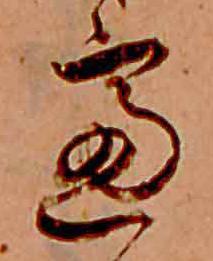
慮